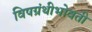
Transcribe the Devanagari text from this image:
विषग्रंथीभोवती